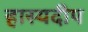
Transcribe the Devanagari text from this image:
हास्यदीप